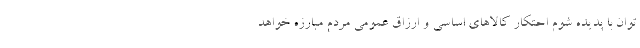
توان با پدیده شوم احتکار کالاهای اساسی و ارزاق عمومی مردم مبارزه خواهد